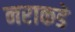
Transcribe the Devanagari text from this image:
नराकडे